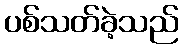
ပစ်သတ်ခဲ့သည်